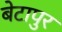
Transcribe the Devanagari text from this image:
बेटापुर